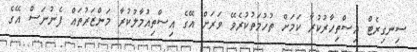
ސިނގިރެޓް އިސްތިހާރުކުރާ ކަމަށް ތުހުމަތުކުރެވޭ ވަރަށް އޭގެ އިސްތިއުމާލުކުރާ މަންޒަރުތައް ފެނުނަސް އޭގެ